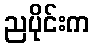
ညပိုင်းက